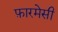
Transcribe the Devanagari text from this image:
फ़ारमेसी